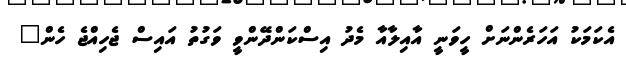
އެކަމަކު އަހަރެންނަށް ހީވަނީ އާއިލާއާ މެދު އިސްކަންދޭންވީ ވަގުތު އައިސް ޖެހިއްޖެ ހެން"